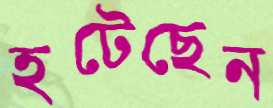
হটেছেন